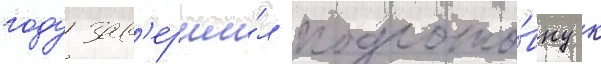
году зав'ерши́л подгото́вку к